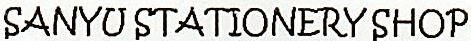
SANYU STATIONERY SHOP